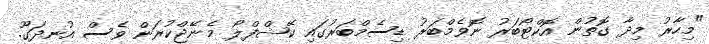
"މިހާރު މިދާ ގޮތުން އޮކްޓޯބަރު ނޮވެމްބަރު ޑިސެމްބަރުގައި ކޭޝްފްލޯ މެނޭޖްކުރަން ވެސް އުނދަގޫ.